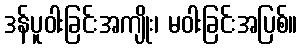
ဒန်ပူဝါးခြင်းအကျိုး၊ မဝါးခြင်းအပြစ်။